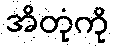
အိတုံကို